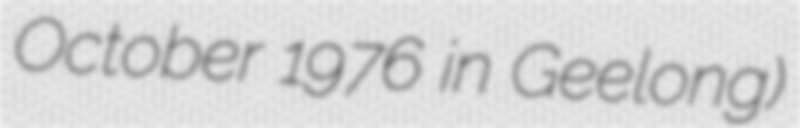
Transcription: October 1976 in Geelong)